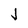
Character: j